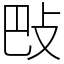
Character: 𢻷